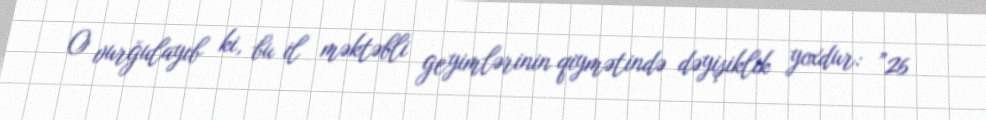
O vurğulayıb ki, bu il məktəbli geyimlərinin qiymətində dəyişiklik yoxdur: ”26